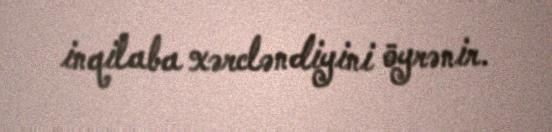
inqilaba xərcləndiyini öyrənir.